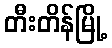
တီးတိန်မြို့